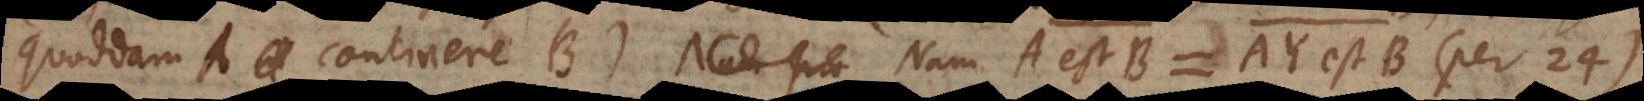
quoddam A continere B). Nam A est B = AY est B (per 24).